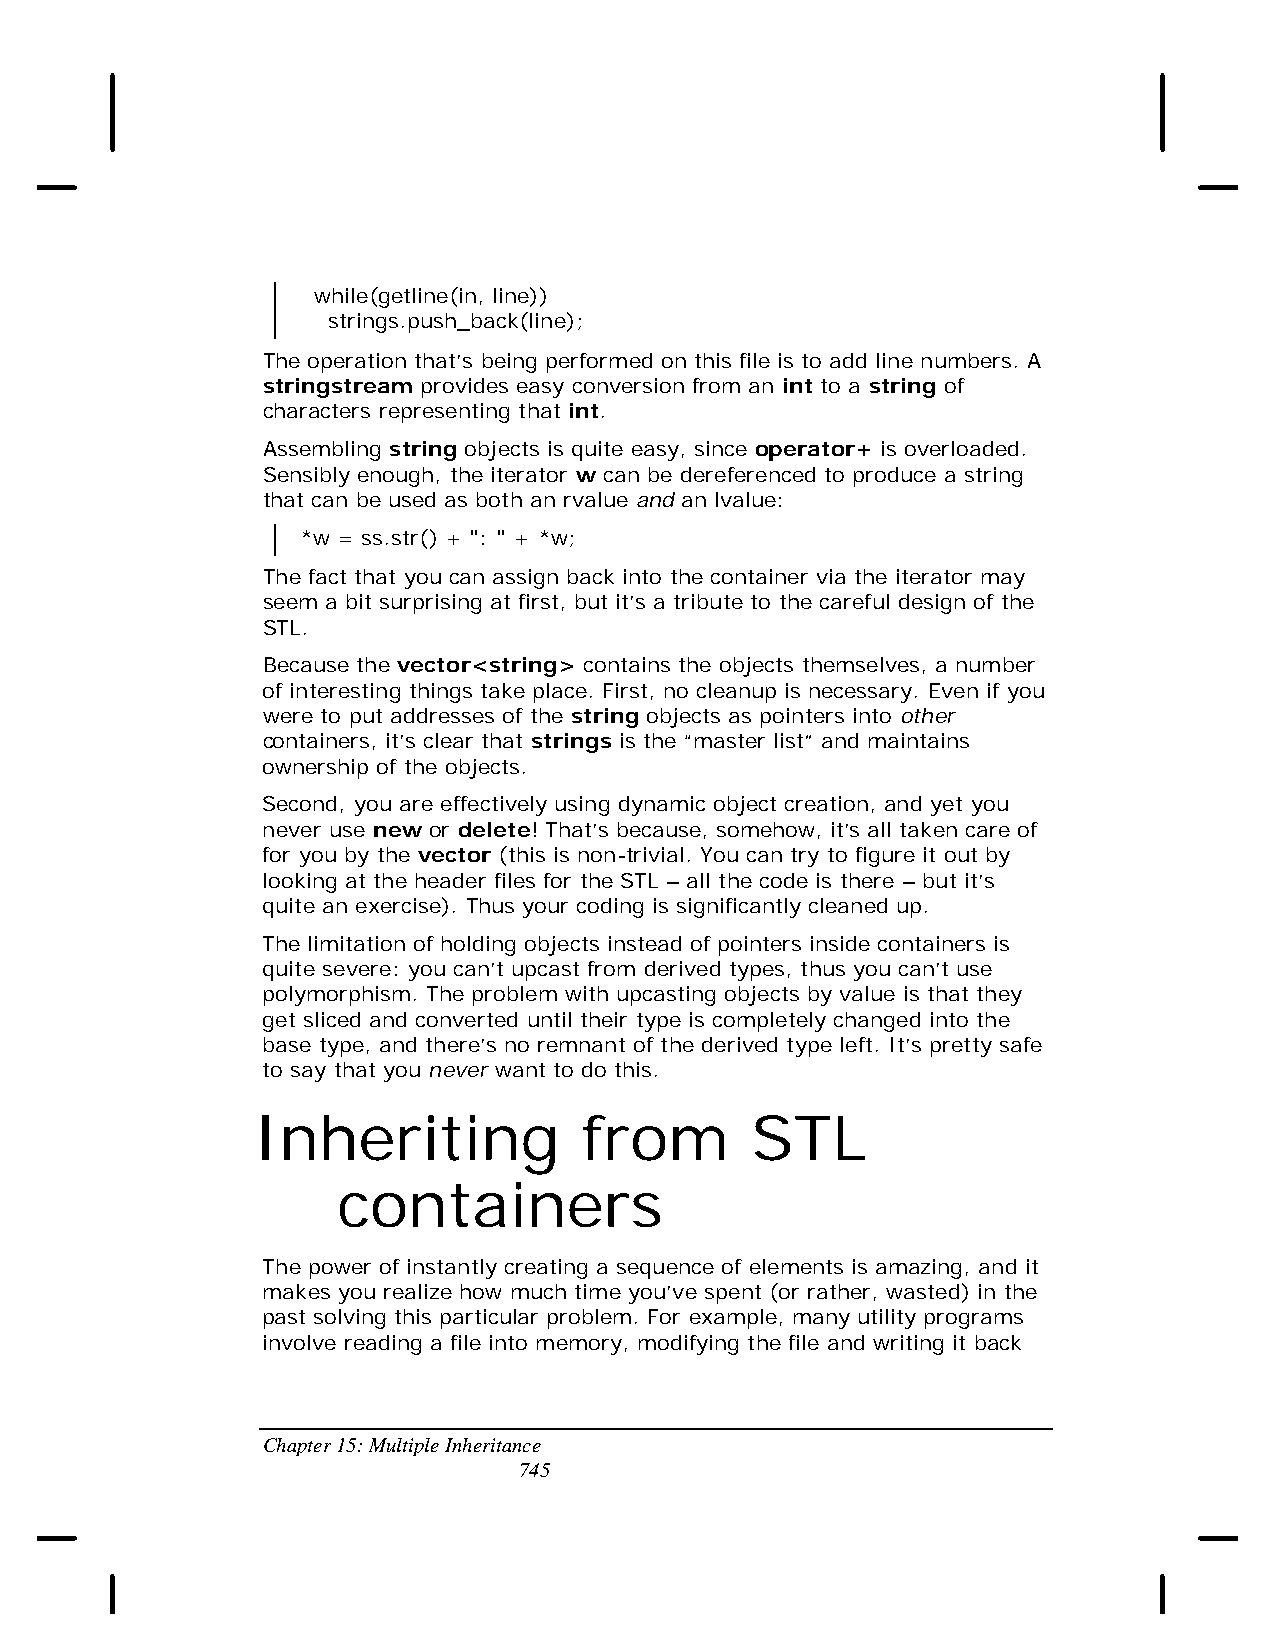
while(getline(in, line))
 strings.push_back(line);
 The operation that’s being performed on this file is to add line numbers. A
 stringstream provides easy conversion from an int to a string of
 characters representing that int.
 Assembling string objects is quite easy, since operator+ is overloaded.
 Sensibly enough, the iterator w can be dereferenced to produce a string
 that can be used as both an rvalue and an lvalue:
 *w = ss.str() + ": " + *w;
 The fact that you can assign back into the container via the iterator may
 seem a bit surprising at first, but it’s a tribute to the careful design of the
 STL.
 Because the vector<string> contains the objects themselves, a number
 of interesting things take place. First, no cleanup is necessary. Even if you
 were to put addresses of the string objects as pointers into other
 containers, it’s clear that strings is the “master list” and maintains
 ownership of the objects.
 Second, you are effectively using dynamic object creation, and yet you
 never use new or delete! That’s because, somehow, it’s all taken care of
 for you by the vector (this is non-trivial. You can try to figure it out by
 looking at the header files for the STL – all the code is there – but it’s
 quite an exercise). Thus your coding is significantly cleaned up.
 The limitation of holding objects instead of pointers inside containers is
 quite severe: you can’t upcast from derived types, thus you can’t use
 polymorphism. The problem with upcasting objects by value is that they
 get sliced and converted until their type is completely changed into the
 base type, and there’s no remnant of the derived type left. It’s pretty safe
 to say that you never want to do this.
 Inheriting            from       STL
 containers
 The power of instantly creating a sequence of elements is amazing, and it
 makes you realize how much time you’ve spent (or rather, wasted) in the
 past solving this particular problem. For example, many utility programs
 involve reading a file into memory, modifying the file and writing it back
 Chapter 15: Multiple Inheritance
 745